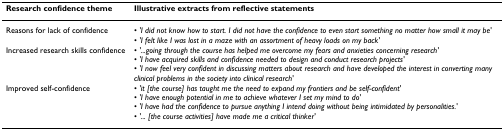
<table><thead><tr><td><b>Research confidence theme</b></td><td><b>Illustrative extracts from reflective statements</b></td></tr></thead><tbody><tr><td>Reasons for lack of confidence</td><td>• <i>&#x27;I did not know how to start. I did not have the confidence to even start something no matter how small it may be&#x27;</i>• <i>&#x27;I felt like I was lost in a maze with an assortment of heavy loads on my back&#x27;</i></td></tr><tr><td>Increased research skills confidence</td><td>• <i>&#x27;...going through the course has helped me overcome my fears and anxieties concerning research&#x27;</i>• <i>&#x27;I have acquired skills and confidence needed to design and conduct research projects&#x27;</i>• <i>&#x27;I now feel very confident in discussing matters about research and have developed the interest in converting many clinical problems in the society into clinical research&#x27;</i></td></tr><tr><td>Improved self-confidence</td><td>• <i>&#x27;it [the course] has taught me the need to expand my frontiers and be self-confident&#x27;</i>• <i>&#x27;I have enough potential in me to achieve whatever I set my mind to do&#x27;</i>• <i>&#x27;I have had the confidence to pursue anything I intend doing without being intimidated by personalities.&#x27;</i>• <i>&#x27;... [the course activities] have made me a critical thinker&#x27;</i></td></tr></tbody></table>